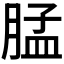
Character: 𰮳